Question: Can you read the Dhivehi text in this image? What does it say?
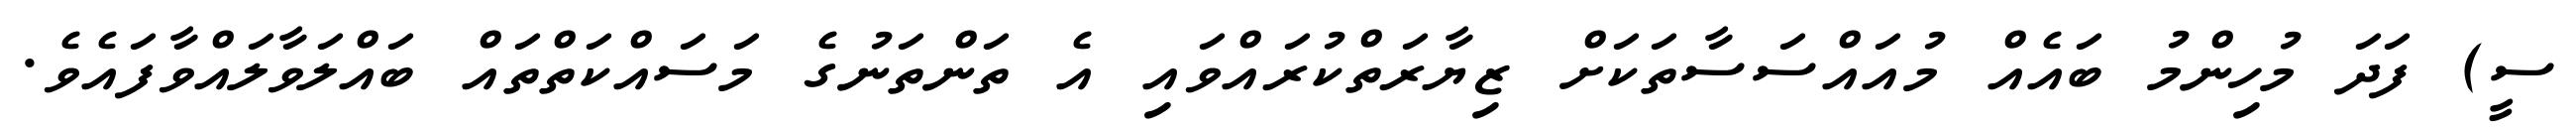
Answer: ސީ) ފަދަ މުހިންމު ބައެއް މުއައްސަސާތަކަށް ޒިޔާރަތްކުރައްވައި އެ ތަންތަނުގެ މަސައްކަތްތައް ބައްލަވާލައްވާފައެވެ.